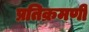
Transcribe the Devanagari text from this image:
प्रतिक्रमणी